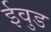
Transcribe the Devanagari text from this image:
ईवुड